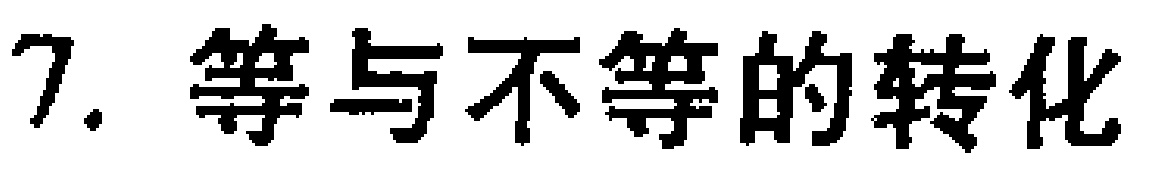
7. 等与不等的转化